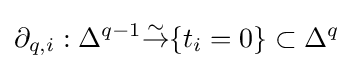
\partial _{q,i}:\Delta ^{q-1}{\overset {\sim }{\to }}\{t_{i}=0\}\subset \Delta ^{q}